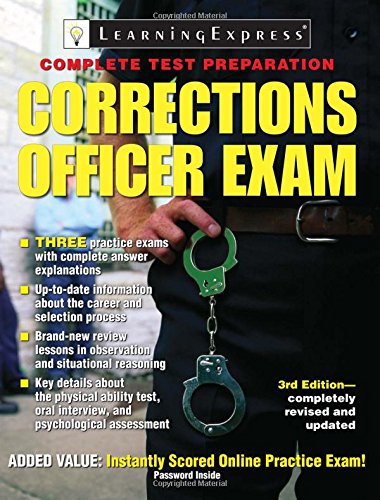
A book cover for Corrections Officer Exam (Corrections Officer Exam (Learning Express)); LearningExpress LLC Editors; Test Preparation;